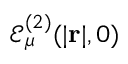
\mathcal { E } _ { \mu } ^ { ( 2 ) } ( | \mathbf { r } | , 0 )